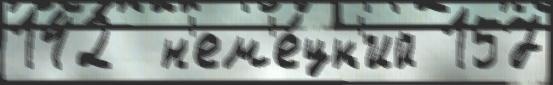
142  н'ем'е́цк'ий 157